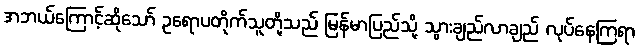
အဘယ်ကြောင့်ဆိုသော် ဥရောပတိုက်သူတို့သည် မြန်မာပြည်သို့ သွားချည်လာချည် လုပ်နေကြရာ